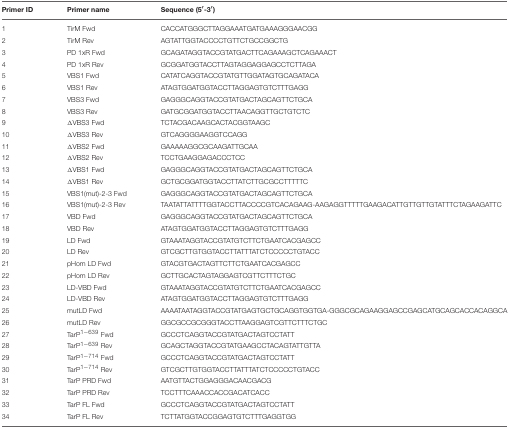
<table><thead><tr><td><b>Primer ID</b></td><td><b>Primer name</b></td><td><b>Sequence (5′-3′)</b></td></tr></thead><tbody><tr><td>1</td><td>TirM Fwd</td><td>CACCATGGGCTTAGGAAATGATGAAAGGGAACGG</td></tr><tr><td>2</td><td>TirM Rev</td><td>AGTATTGGTACCCCTGTTCTGCCGGCTG</td></tr><tr><td>3</td><td>PD 1xR Fwd</td><td>GCAGATAGGTACCGTATGACTTCAGAAAGCTCAGAAACT</td></tr><tr><td>4</td><td>PD 1xR Rev</td><td>GCGGATGGTACCTTAGTAGGAGGAGCCTCTTAGA</td></tr><tr><td>5</td><td>VBS1 Fwd</td><td>CATATCAGGTACCGTATGTTGGATAGTGCAGATACA</td></tr><tr><td>6</td><td>VBS1 Rev</td><td>ATAGTGGATGGTACCTTAGGAGTGTCTTTGAGG</td></tr><tr><td>7</td><td>VBS3 Fwd</td><td>GAGGGCAGGTACCGTATGACTAGCAGTTCTGCA</td></tr><tr><td>8</td><td>VBS3 Rev</td><td>GATGCGGATGGTACCTTAACAGGTTGCTGTCTC</td></tr><tr><td>9</td><td>ΔVBS3 Fwd</td><td>TCTACGACAAGCACTACGGTAAGC</td></tr><tr><td>10</td><td>ΔVBS3 Rev</td><td>GTCAGGGGAAGGTCCAGG</td></tr><tr><td>11</td><td>ΔVBS2 Fwd</td><td>GAAAAAGGCGCAAGATTGCAA</td></tr><tr><td>12</td><td>ΔVBS2 Rev</td><td>TCCTGAAGGAGACCCTCC</td></tr><tr><td>13</td><td>ΔVBS1 Fwd</td><td>GAGGGCAGGTACCGTATGACTAGCAGTTCTGCA</td></tr><tr><td>14</td><td>ΔVBS1 Rev</td><td>GCTGCGGATGGTACCTTATCTTGCGCCTTTTTC</td></tr><tr><td>15</td><td>VBS1(mut)-2-3 Fwd</td><td>GAGGGCAGGTACCGTATGACTAGCAGTTCTGCA</td></tr><tr><td>16</td><td>VBS1(mut)-2-3 Rev</td><td>TAATATTATTTTGGTACCTTACCCCGTCACAGAAG-AAGAGGTTTTTGAAGACATTGTTGTTGTATTTCTAGAAGATTC</td></tr><tr><td>17</td><td>VBD Fwd</td><td>GAGGGCAGGTACCGTATGACTAGCAGTTCTGCA</td></tr><tr><td>18</td><td>VBD Rev</td><td>ATAGTGGATGGTACCTTAGGAGTGTCTTTGAGG</td></tr><tr><td>19</td><td>LD Fwd</td><td>GTAAATAGGTACCGTATGTCTTCTGAATCACGAGCC</td></tr><tr><td>20</td><td>LD Rev</td><td>GTCGCTTGTGGTACCTTATTTATCTCCCCCTGTACC</td></tr><tr><td>21</td><td>pHom LD Fwd</td><td>GTACGTGACTAGTTCTTCTGAATCACGAGCC</td></tr><tr><td>22</td><td>pHom LD Rev</td><td>GCTTGCACTAGTAGGAGTCGTTCTTTCTGC</td></tr><tr><td>23</td><td>LD-VBD Fwd</td><td>GTAAATAGGTACCGTATGTCTTCTGAATCACGAGCC</td></tr><tr><td>24</td><td>LD-VBD Rev</td><td>ATAGTGGATGGTACCTTAGGAGTGTCTTTGAGG</td></tr><tr><td>25</td><td>mutLD Fwd</td><td>AAAATAATAGGTACCGTATGAGTGCTGCAGGTGGTGA-GGGCGCAGAAGGAGCCGAGCATGCAGCACCACAGGCA</td></tr><tr><td>26</td><td>mutLD Rev</td><td>GGCGCCGCGGGTACCTTAAGGAGTCGTTCTTTCTGC</td></tr><tr><td>27</td><td>TarP<sup>1−639</sup> Fwd</td><td>GCCCTCAGGTACCGTATGACTAGTCCTATT</td></tr><tr><td>28</td><td>TarP<sup>1−639</sup> Rev</td><td>GCAGCTAGGTACCGTATGAAGCCTACAGTATTGTTA</td></tr><tr><td>29</td><td>TarP<sup>1−714</sup> Fwd</td><td>GCCCTCAGGTACCGTATGACTAGTCCTATT</td></tr><tr><td>30</td><td>TarP<sup>1−714</sup> Rev</td><td>GTCGCTTGTGGTACCTTATTTATCTCCCCCTGTACC</td></tr><tr><td>31</td><td>TarP PRD Fwd</td><td>AATGTTACTGGAGGGACAACGACG</td></tr><tr><td>32</td><td>TarP PRD Rev</td><td>TCCTTTCAAACCACCGACATCACC</td></tr><tr><td>33</td><td>TarP FL Fwd</td><td>GCCCTCAGGTACCGTATGACTAGTCCTATT</td></tr><tr><td>34</td><td>TarP FL Rev</td><td>TCTTATGGTACCGGAGTGTCTTTGAGGTGG</td></tr></tbody></table>